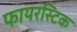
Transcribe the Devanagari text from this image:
फायरस्टिक